Report on vaccination in Madras 1922-1929 - 1922-1929
Year: 1922
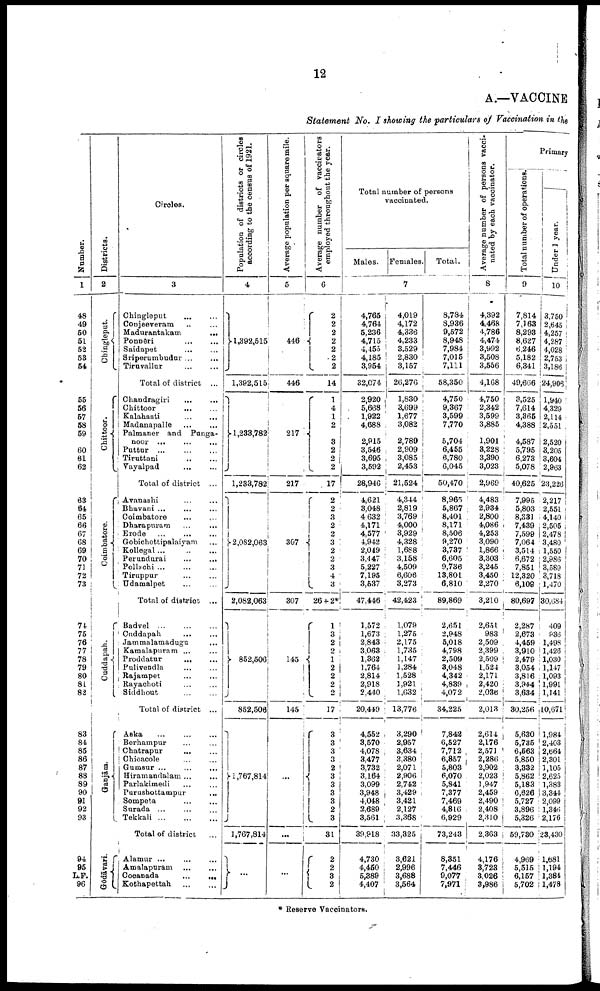
12
A.—VACCINE
Statement No. I showing the particulars of Vaccination in the
Number.
1
48
49
50
51
52
53
54
55
56
57
58
59
60
61
62
63
64
65
66
67
68
69
70
71
72
73
74
75
76
77
78
79
80
81
82
83
84
85
86
87
88
89
90
91
92
93
94
95
L.F.
96
Districts.
2
Chingleput.
Chittoor.
Coimbatore.
Cuddapah.
Ganjām.
Godāvari.
Circles.
3
Chingleput … …
Conjeeveram ... …
Madurantakam
...
Ponnēri
…
…
Saidapet … …
Sriperumbudur ... …
Tiruvallur
…
…
Total of district ...
Chandragiri
…
…
Chittoor … …
Kalahasti
…
…
Madanapalle … …
Palmaner and Punga¬
noor
…
…
…
Pattur … … …
Tiruttani
…
…
Vayalpad … …
Total of district ...
Avanashi … …
Bhavani ... … …
Coimbatore … …
Dharapuram … …
Erode
…
…
…
Gobichettipalaiyam …
Kollegal … … …
Perundurai
...
...
Pollachi
...
...
...
Tiruppur ... ...
Udamalpet ... ...
Total of district ...
Badvel ... ... ...
Cuddapah
...
...
Jammalamadugu ...
Kamalapuram ... ...
Proddatur
...
...
Pulivendla
...
...
Rajampet ... ...
Rayachoti ... ...
Siddhout
...
...
Total of district ...
Aska
…
…
…
Berhampur … …
Chatrapur … …
Chicacole
…
…
Gumsur … … …
Hiramarulalam ... …
Parlakimedi … …
Purushottampur
...
Sompeta
…
…
Surada
…
…
…
Tekkali
…
…
…
Total of district
Alamur ... … …
Amalapuram ... …
Cocanada
...
...
Kothapettah
…
…
Population of districts or circles
according to the census of 1921.
4
1,392,515
1,392,515
1,233,782
1,233,782
2,082,063
2,082,063
852,506
852,506
1,767,814
1,767,814
…
Average population per square mile.
5
446
446
217
217
307
307
145
145
...
...
...
Average number of vaccinators
employed throughout the year.
6
2
2
2
2
2
2
2
14
1
4
1
2
3
2
2
2
17
2
2
3
2 2
3 2
2
3
4
3
26 + 2*
1
3
2
2
1
2
2
2
2
17
3
3
3
3 2
3
3
3
3
2
3
31
2
2
3
2
Total number of persons
vaccinated.
Males. Females .
Total.
7
4,765
4,764
5,236
4,715
4,455
4,185
3,954
32,074
2,920
5,668
1,922
4,688
2,915
3,546
3,695
3,592
28,946
4,621
3,048
4 632
4,171
4,577
4,942
2,049
3,447
5,227
7,195
3,537
47,446
1,572
1,673
2,843
3,068
1,362
1,764
2,814
2,918
2,440
20,449
4,552
3,570
4,078
3,477
3,732
3,164
3,099
3,948
4,048
2,689
3,561
39,918
4,730
4,450
5,389
4,407
4,019
4,172
4,336
4,233
3,529
2,830
3,157
26,276
1,830
3,699
1,677
3,082
2,789
2,909
3,085
2,453
21,524
4,344
2,819
3,769
4,000
3,929
4,328
1,688
3,158
4,509
6,606
3,273
42,423
1,079
1,275
2,175
1,735
1,147
1,284
1,528
3,921
1,632
13,776
3,290
2,957
3,634
3,380
2,071
2,906
2,742
3,429
3,421
2,127
3,368
33,325
3,621
2,996
3,688
3,564
8,784
8,936
9,572
8,948
7,984
7,015
7,111
58,350
4,750
9,367
3,599
7,770
5,704
6,455
6,780
6,045
50,470
8,965
5,867
8,401
8,171
8,506
9,270
3,737
6,605
9,736
13,801
6,810
89,869
2,651
2,948
5,018
4,798
2,509
3,048
4,342
4,889
4,072
34,225
7,842
6,527
7,712
6,857
5,803
6,070
5,841
7,377
7,469
4,816
6,929
73,243
8,851
7,446
9,077
7,971
Average number of persons vacci
nated by each vaccinator.
8
4,392
4,468
4,786
4,474
3,992
3,508
3,556
4,168
4,750
2,342
3,599
3,885
1,901
3,228
3,390
3,023
2,969
4,483
2,934
2,800
4,086
4,253
3,090
1,866
3,303
3,245
3,450
2,270
3,210
2,651
983
2,509
2,399
2.509
1,524
2,171
2,420
2,036
2,013
2,614
2,176
2,571
2,286
2,902
2,023
1,947
2,459
2,490
2,408
2,310
2,363
4,176
3,723
3,026
3,986
Primary
Total number of operations.
9
7,814
7,163
8,298
8,627
6,246
5,182
6,341
49,666
3,525
7,614
3,366
4,388
4,587
5,795
6,273
5,078
40,625
7,995
5,803
8,331
7,439
7,599
7,064
3,514
6,672
7,851
12,320
6,109
80,697
2,287
2,673
4,459
3,910
2,479
3,054
3,816
3,944
3,634
30,256
5,630
5,735
6,563
5,850
3,332
5,862
5,183
6,626
5,727
3,896
5,326
59,730
4,969
5,515
6,157
5,702
Under 1 year.
10
3,750
2,645
4,257
4,287
4,028
2,753
3,186
24,906
1,940
4,329
2,114
2,551
2,520
3,205
3,604
2,963
23,226
2,217
2,551
4,140
2,505
2,478
3,480
1,550
2,986
3,589
3,718
1,470
30,684
409
836
1,498
1,426
1,030
1,147
1,093
1,991
1,141
10,671
1,984
2,403
2,664
2,301
1,105
2,625
1,383
3,344
2,099
1,346
2,176
23,430
1,681
1,194
1,384
1,478
* Reserve Vaccinators.